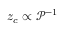
z _ { c } \propto \mathcal { P } ^ { - 1 }